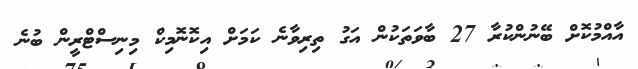
އާއްމުކޮށް ބޭނުންކުރާ 27 ބާވަތަކުން އަގު ތިރިވާނެ ކަމަށް އިކޮނޮމިކް މިނިސްޓްރީން ބުނެ